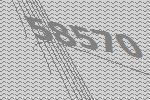
58570